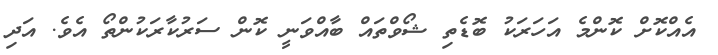
އެއްކޮށް ކޮންމެ އަހަރަކު ބޮޑެތި ޝޯވްތައް ބާއްވަނީ ކޮން ސަރުކާރަކުންތޯ އެވެ. އަދި